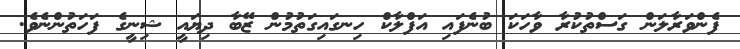
ފެންވަރާލަން ގަސްތުކުރާ ވާހަކަ ބުނެފައި އަފްލާކް ހިނގައިގަތުމުން ޒޭބާ ދިޔައީ ޝިނީގެ ފަހަތުންނެވެ.